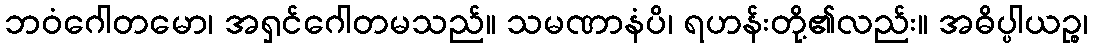
ဘဝံဂေါတမော၊ အရှင်ဂေါတမသည်။ သမဏာနံပိ၊ ရဟန်းတို့၏လည်း။ အဓိပ္ပါယဉ္စ၊